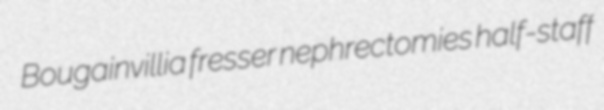
Bougainvillia fresser nephrectomies half-staff